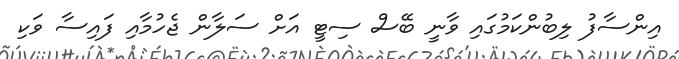
އިންސާފު ލިބުންކަމުގައި ވާނީ ބޭސް ސިޓީ އަށް ސަލާން ޖެހުމާއި ފައިސާ ވަކި